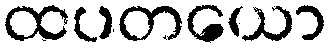
ထပတယော